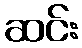
ဆင်း